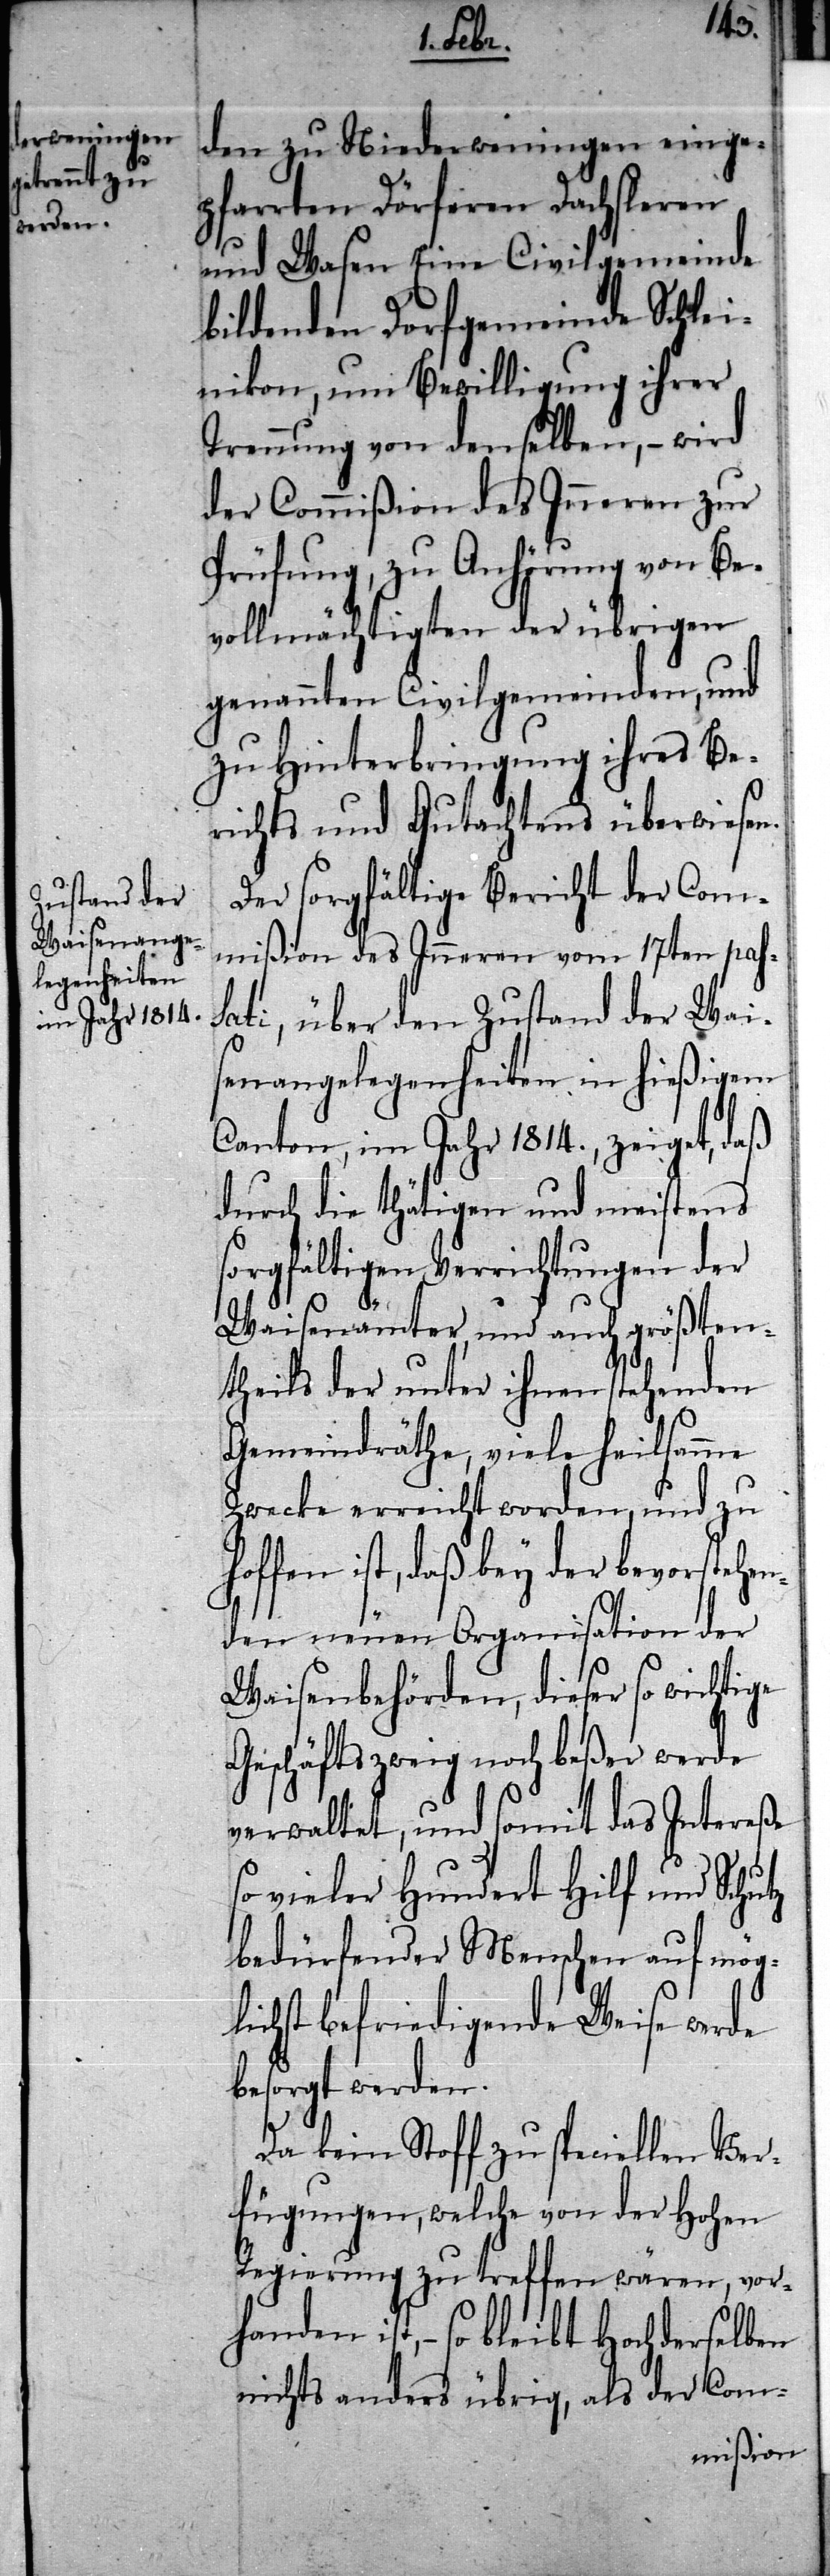
den zu Niederweningen einge¬
pfarrten Dörferen Dachsleren
und Wasen Eine Civilgemeinde
bildenden Dorfgemeinde Schlei¬
nikon, um Bewilligung ihrer
Trennung von denselben, – wird
der Commißion des Inneren zur
Prüfung, zu Anhörung von Be¬
vollmächtigten der übrigen
genannten Civilgemeinden, und
zu Hinterbringung ihres Be¬
richts und Gutachtens überwiesen.
Der sorgfältige Bericht der Com¬
mißion des Inneren vom 17ten pas¬
sati, über den Zustand der Wai¬
senangelegenheiten in hießigem
Canton, im Jahr 1814., zeiget, daß
durch die thätigen und meistens
sorgfältigen Verrichtungen der
Waisenämter, und auch größten¬
theils der unter ihnen stehenden
Gemeindräthe, viele heilsamme
Zwecke erreicht worden, und zu
hoffen ist, daß bey der bevorstehen¬
den neuen Organisation der
Waisenbehörden, dieser so wichtige
Geschäftszweig noch beßer werde
verwaltet, und somit das Intereße
so vieler hundert Hilf und Schutz
bedürfender Menschen auf mög¬
lichst befriedigende Weise werde
besorgt werden.
Da kein Stoff zu speciellen Ver¬
fügungen, welche von der Hohen
Regierung zu treffen wären, vor¬
handen ist, – so bleibt Hochderselben
nichts anders übrig, als der Com-